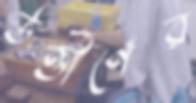
উত্তীর্ণের